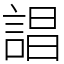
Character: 誯